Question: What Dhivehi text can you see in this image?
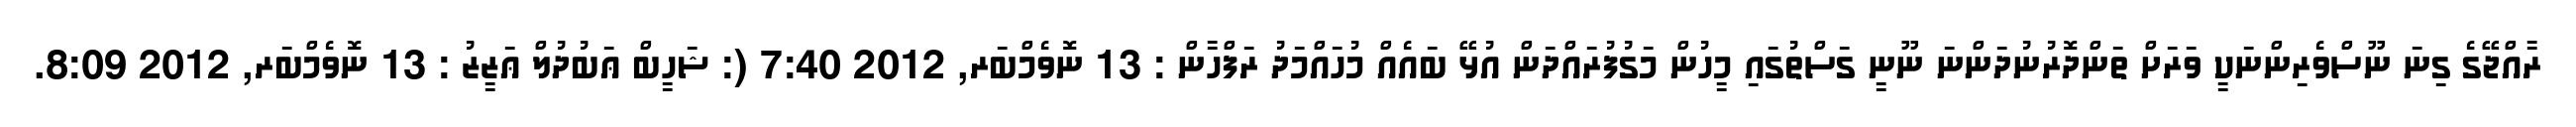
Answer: ރާއްޖޭގެ ގިނަ ނޫސްވެރިންނަކީ ވަރަށް ތަންދޮރުނުދަންނަ ނޫނީ ގަސްތުގައި މީހުން މަގުފުރައްދަން އުޅޭ ބައެއް މުހައްމަދު ރަފްހާން : 13 ނޮވެމްބަރ, 2012 7:40 (: ޝަހީބް ޢަބުދުލް ޢަޒީޒު : 13 ނޮވެމްބަރ, 2012 8:09.